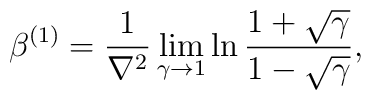
\beta^{(1)} = { 1 \over \nabla^2} \lim_{ \gamma \to 1} \ln { 1 + \sqrt \gamma \over 1 - \sqrt \gamma},